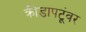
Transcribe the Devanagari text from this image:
क्रीडापटूंवर